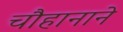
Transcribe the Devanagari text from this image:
चौहानाने